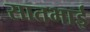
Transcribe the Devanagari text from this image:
सातभाई